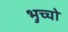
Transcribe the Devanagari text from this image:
भुच्चो